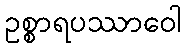
ဥစ္စာရပဿာဝေါ